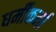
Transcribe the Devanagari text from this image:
धर्मीकर्मा